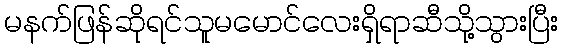
မနက်ဖြန်ဆိုရင်သူမမောင်လေးရှိရာဆီသို့သွားပြီး